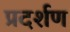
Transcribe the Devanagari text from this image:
प्रदर्शण